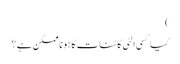
)
کیا کسی الٹی کائنات کا ہونا ممکن ہے ؟